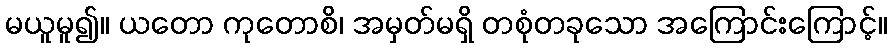
မယူမူ၍။ ယတော ကုတောစိ၊ အမှတ်မရှိ တစုံတခုသော အကြောင်းကြောင့်။